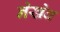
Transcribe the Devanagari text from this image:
नेखेब